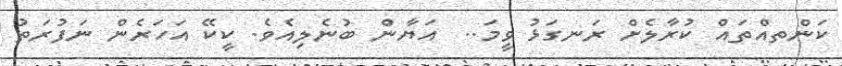
ކަންތއްތައް ކުރާލެށް ރަނގަޅު ވީމަ..  އަޔާން ބުނެލިއެވެ. ކީކޭ އަހަރެން ނަފުރަތު